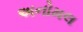
અનોમલ